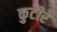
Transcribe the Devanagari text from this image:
कुटीरे